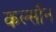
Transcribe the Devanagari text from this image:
कर्ल्सोन